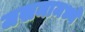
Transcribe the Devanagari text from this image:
जखमामध्ये